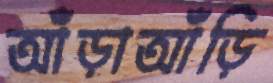
আঁড়াআঁড়ি